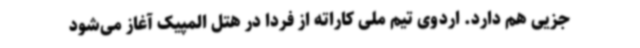
جزیی هم دارد. اردوی تیم ملی کاراته از فردا در هتل المپیک آغاز می‌شود